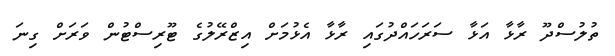
ތުލުސްދޫ ރާޅާ އަޅާ ސަރަހައްދުގައި ރާޅާ އެޅުމަށް އިޒްރޭލުގެ ޓޫރިސްޓުން ވަރަށް ގިނަ